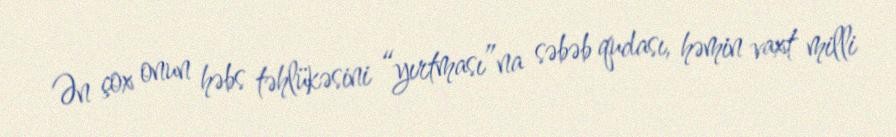
Ən çox onun həbs təhlükəsini “yırtması”na səbəb qudası, həmin vaxt milli